Report on vaccination in Madras 1922-1929 - 1922-1929
Year: 1922
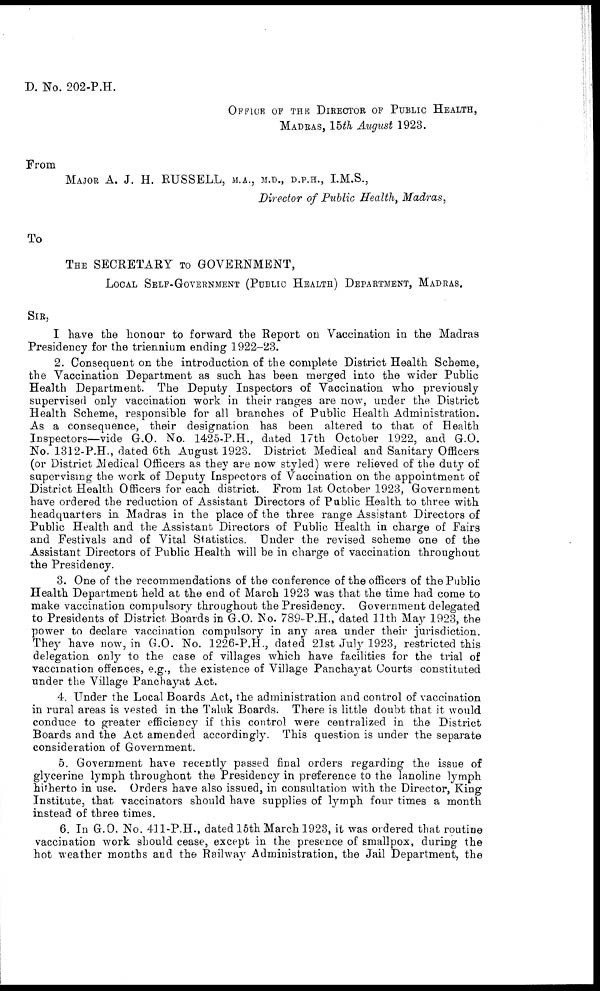
D. No. 202-P.H.
OFFICE OF THE DIRECTOR OF PUBLIC HEALTH,
MADRAS, 15th August 1923.
From
MAJOR A. J. H. RUSSELL, M.A., M.D., D.P.H., I.M.S.,
Director of Public Health, Madras,
TO
THE SECRETARY TO GOVERNMENT,
LOCAL SELF-GOVERNMENT (PUBLIC HEALTH) DEPARTMENT, MADRAS,
SIR,
I have the honour to forward the Report on Vaccination in the Madras
Presidency for the triennium ending 1922-23.
2. Consequent on the introduction of the complete District Health Scheme,
the Vaccination Department as such has been merged into the wider Public
Health Department. The Deputy Inspectors of Vaccination who previously
supervised only vaccination work in their ranges are now, under the District
Health Scheme, responsible for all branches of Public Health Administration.
As a consequence, their designation has been altered to that of Health
Inspectors—vide G.O. No. 1425-P.H., dated 17th October 1922, and G.O.
No. 1312-P.H., dated 6th August 1923. District Medical and Sanitary Officers
(or District Medical Officers as they are now styled) were relieved of the duty of
supervising the work of Deputy Inspectors of Vaccination on the appointment of
District Health Officers for each district. From 1st October 1923, Government
have ordered the reduction of Assistant Directors of Public Health to three with
headquarters in Madras in the place of the three range Assistant Directors of
Public Health and the Assistant Directors of Public Health in charge of Fairs
and Festivals and of Vital Statistics. Under the revised scheme one of the
Assistant Directors of Public Health will be in charge of vaccination throughout
the Presidency.
3. One of the recommendations of the conference of the officers of the Public
Health Department held at the end of March 1923 was that the time had come to
make vaccination compulsory throughout the Presidency. Government delegated
to Presidents of District Boards in G.O. No. 789-P.H., dated 11th May 1923, the
power to declare vaccination compulsory in any area under their jurisdiction.
They have now, in G.O. No. 1226-P.H., dated 21st July 1923, restricted this
delegation only to the case of villages which have facilities for the trial of
vaccination offences, e.g., the existence of Village Panchayat Courts constituted
under the Village Panchayat Act.
4. Under the Local Boards Act, the administration and control of vaccination
in rural areas is vested in the Taluk Boards. There is little doubt that it would
conduce to greater efficiency if this control were centralized in the District
Boards and the Act amended accordingly. This question is under the separate
consideration of Government.
5. Government have recently passed final orders regarding the issue of
glycerine lymph throughout the Presidency in preference to the lanoline lymph
hitherto in use. Orders have also issued, in consultation with the Director, King
Institute, that vaccinators should have supplies of lymph four times a month
instead of three times.
6. In G.O. No. 411-P.H., dated 15th March 1923, it was ordered that routine
vaccination work should cease, except in the presence of smallpox, during the
hot weather months and the Railway Administration, the Jail Department, the